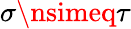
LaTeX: \sigma\nsimeq\tau